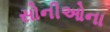
સોનીઓના